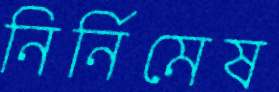
নির্নিমেষ